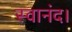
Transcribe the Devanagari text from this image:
स्वानंद।